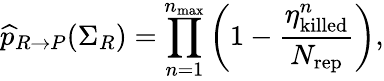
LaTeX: \widehat{p}_{R\rightarrow P}(\Sigma_{R})=\prod_{n=1}^{n_{\mathrm{max}}}\left(1-\frac{\eta_{\mathrm{killed}}^{n}}{N_{\mathrm{rep}}}\right),